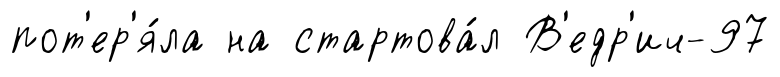
пот'ер'я́ла на стартова́л В'едр'ич-97